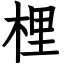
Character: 梩